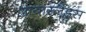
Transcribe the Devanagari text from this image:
आयारर्लैंड्स